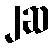
၂ဆ